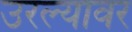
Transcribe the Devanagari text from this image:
उरल्यावर